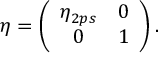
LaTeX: \eta = \left( \begin{array} { c c } { { \eta _ { 2 p s } } } & { { 0 } } \\ { { 0 } } & { { 1 } } \end{array} \right) .